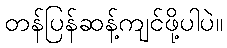
တန်ပြန်ဆန့်ကျင်ဖို့ပါပဲ။